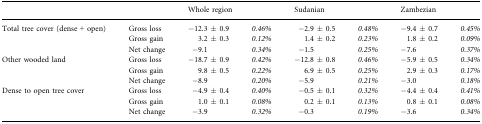
|  |  | <COLSPAN=2> Whole region | <COLSPAN=2> Sudanian | <COLSPAN=2> Zambezian |
 | --- | --- | --- | --- | --- | --- | --- | --- |
 | Total tree cover (dense + open) | Gross loss | −12.3 ± 0.9 | 0.46% | −2.9 ± 0.5 | 0.48% | −9.4 ± 0.7 | 0.45% |
 |  | Gross gain | 3.2 ± 0.3 | 0.12% | 1.4 ± 0.2 | 0.23% | 1.8 ± 0.2 | 0.09% |
 |  | Net change | −9.1 | 0.34% | −1.5 | 0.25% | −7.6 | 0.37% |
 | Other wooded land | Gross loss | −18.7 ± 0.9 | 0.42% | −12.8 ± 0.8 | 0.46% | −5.9 ± 0.5 | 0.34% |
 |  | Gross gain | 9.8 ± 0.5 | 0.22% | 6.9 ± 0.5 | 0.25% | 2.9 ± 0.3 | 0.17% |
 |  | Net change | −8.9 | 0.20% | −5.9 | 0.21% | −3.0 | 0.18% |
 | Dense to open tree cover | Gross loss | −4.9 ± 0.4 | 0.40% | −0.5 ± 0.1 | 0.32% | −4.4 ± 0.4 | 0.41% |
 |  | Gross gain | 1.0 ± 0.1 | 0.08% | 0.2 ± 0.1 | 0.13% | 0.8 ± 0.1 | 0.08% |
 |  | Net change | −3.9 | 0.32% | −0.3 | 0.19% | −3.6 | 0.34% |